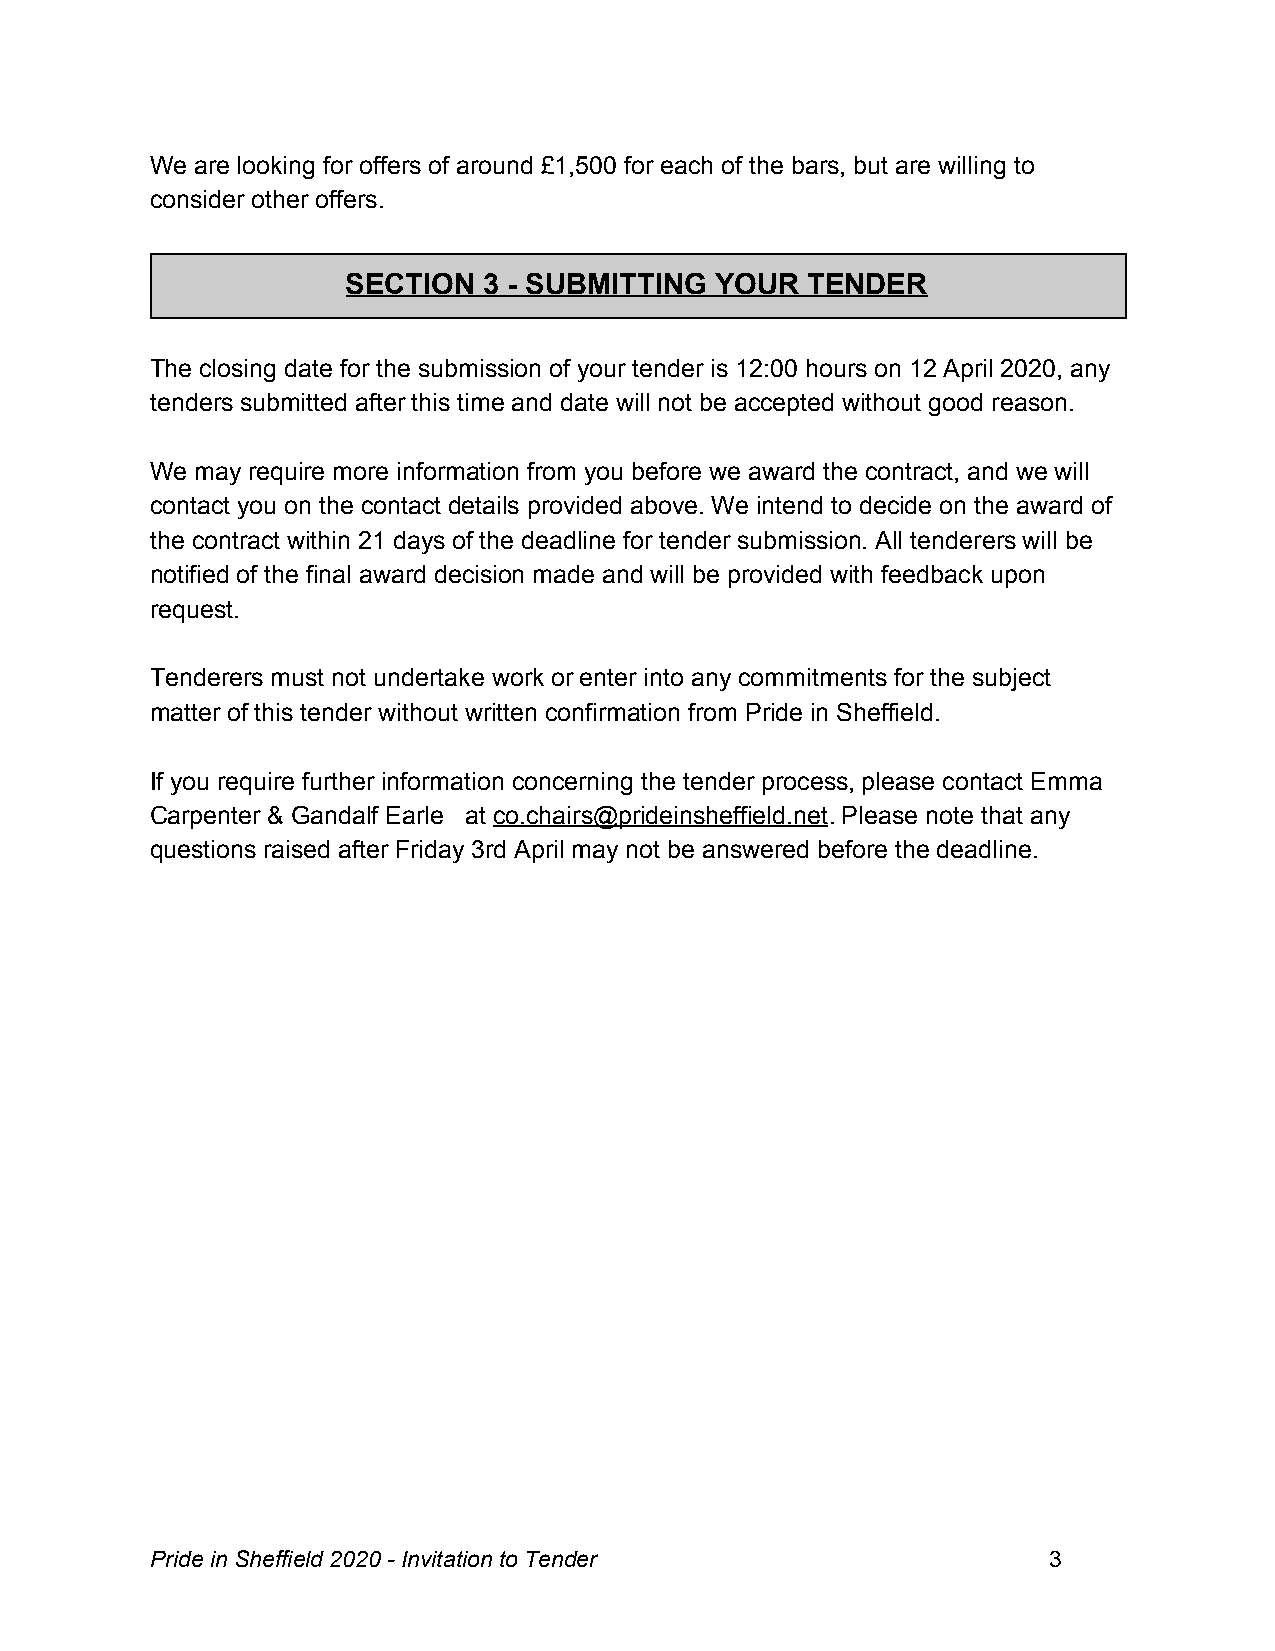
We are looking for offers of around £1,500 for each of the bars, but are willing to
 consider other offers.
 SECTION  3 - SUBMITTING YOUR  TENDER
 The closing date for the submission of your tender is 12:00 hours on 12 April 2020, any
 tenders submitted after this time and date will not be accepted without good reason.
 We may require more information from you before we award the contract, and we will
 contact you on the contact details provided above. We intend to decide on the award of
 the contract within 21 days of the deadline for tender submission. All tenderers will be
 notified of the final award decision made and will be provided with feedback upon
 request.
 Tenderers must not undertake work or enter into any commitments for the subject
 matter of this tender without written confirmation from Pride in Sheffield.
 If you require further information concerning the tender process, please contact Emma
 Carpenter & Gandalf Earle at co.chairs@prideinsheffield.net. Please note that any
 ​                     ​
 questions raised after Friday 3rd April may not be answered before the deadline.
 Pride in Sheffield 2020 - Invitation to Tender             3
 ​